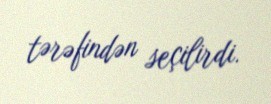
tərəfindən seçilirdi.